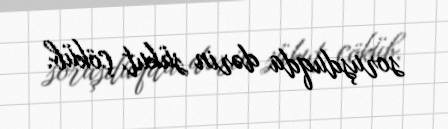
soruşduqda dərin sükut çöküb.